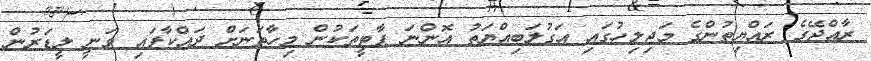
ރާއްޖޭގެ ރައްޔިތުންގެ މަޖިލިހުގައި އަގުލަބިއްޔަތު އޮންނަ ޕާޓީތަކުން މިހާތަނަށް ދައްކާފައި ވަނީ ލީޑަރުން